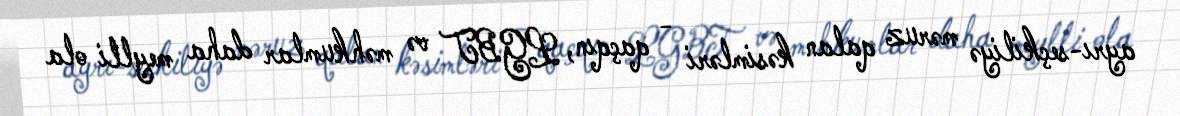
ayrı-seçkiliyə məruz qalan kəsimləri - qaçqın, LGBT və məhkumlar daha meylli ola